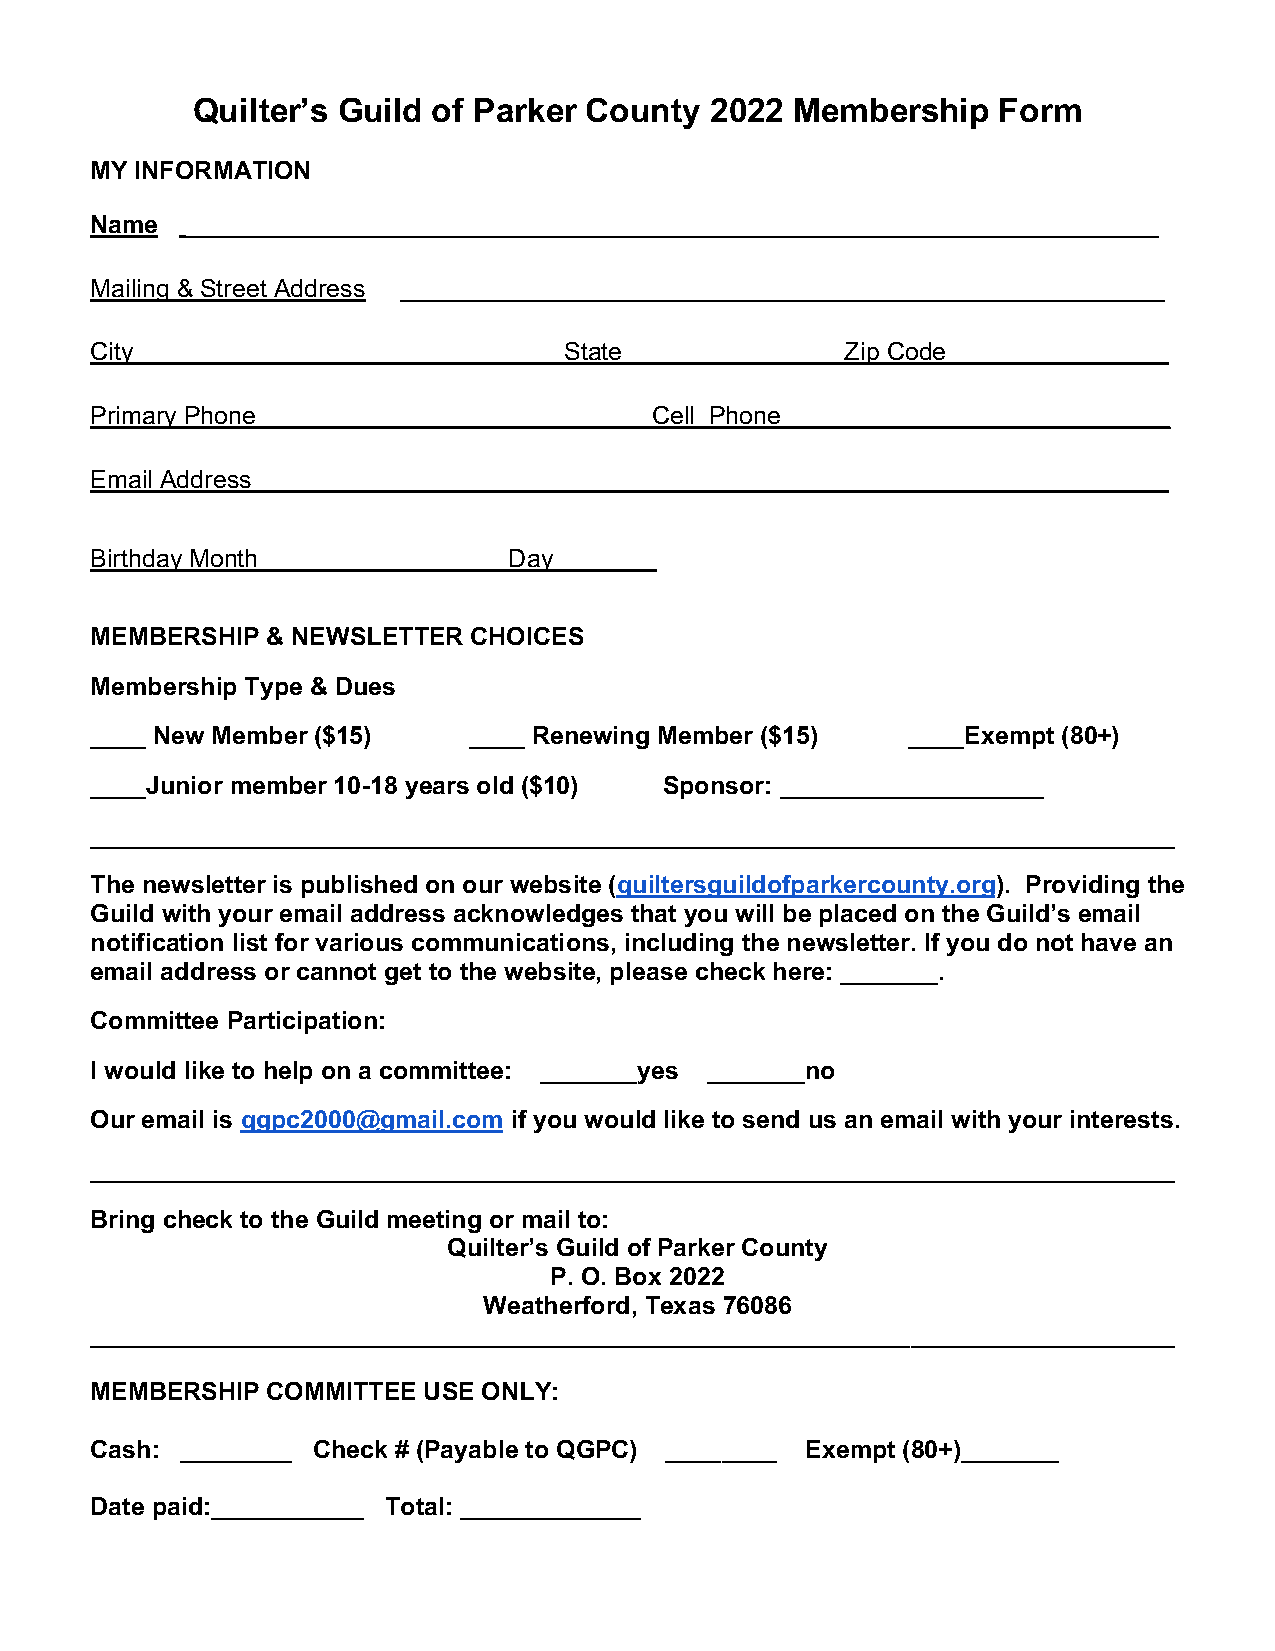
Quilter’s Guild of Parker County  2022  Membership   Form
 MY INFORMATION
 Name  ______________________________________________________________________
 Mailing & Street Address _______________________________________________________
 City_______________________________State________________Zip Code________________
 Primary Phone____________ ________________Cell Phone____________________________
 Email Address__________________________________________________________________
 Birthday Month              Day _______
 MEMBERSHIP  & NEWSLETTER CHOICES
 Membership Type & Dues
 ____ New Member ($15)    ____ Renewing Member ($15)   ____Exempt (80+)
 ____Junior member 10-18 years old ($10) Sponsor: ___________________
 ______________________________________________________________________________
 The newsletter is published on our website (quiltersguildofparkercounty.org). Providing the
 Guild with your email address acknowledges that you will be placed on the Guild’s email
 notification list for various communications, including the newsletter. If you do not have an
 email address or cannot get to the website, please check here: _______.
 Committee Participation:
 I would like to help on a committee: _______yes _______no
 Our email is qgpc2000@gmail.com if you would like to send us an email with your interests.
 ______________________________________________________________________________
 Bring check to the Guild meeting or mail to:
 Quilter’s Guild of Parker County
 P. O. Box 2022
 Weatherford, Texas 76086
 ______________________________________________________________________________
 MEMBERSHIP  COMMITTEE USE ONLY:
 Cash: ________ Check # (Payable to QGPC) ________ Exempt (80+)_______
 Date paid:___________ Total: _____________